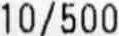
10/500